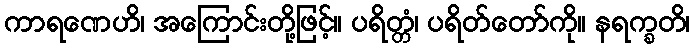
ကာရဏေဟိ၊ အကြောင်းတို့ဖြင့်။ ပရိတ္တံ၊ ပရိတ်တော်ကို။ နရက္ခတိ၊